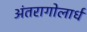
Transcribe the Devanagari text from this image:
अंतरागोलार्ध